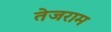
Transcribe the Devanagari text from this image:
तेजराम